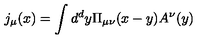
j _ { \mu } ( x ) = \int d ^ { d } y \Pi _ { \mu \nu } ( x - y ) A ^ { \nu } ( y )